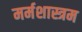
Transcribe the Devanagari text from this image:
मर्मशास्त्रम